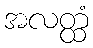
အလတ္ထံ